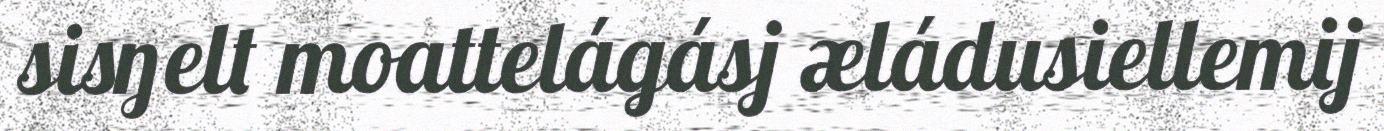
sisŋelt moattelágásj æládusiellemij